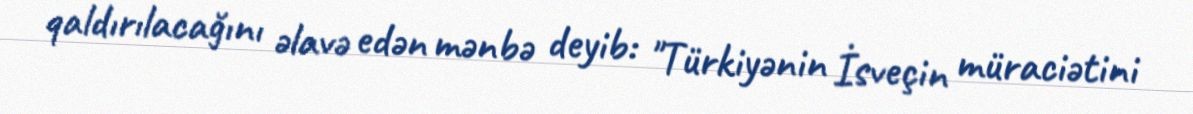
qaldırılacağını əlavə edən mənbə deyib: "Türkiyənin İsveçin müraciətini